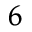
^ 6